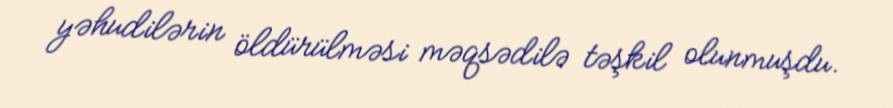
yəhudilərin öldürülməsi məqsədilə təşkil olunmuşdu.